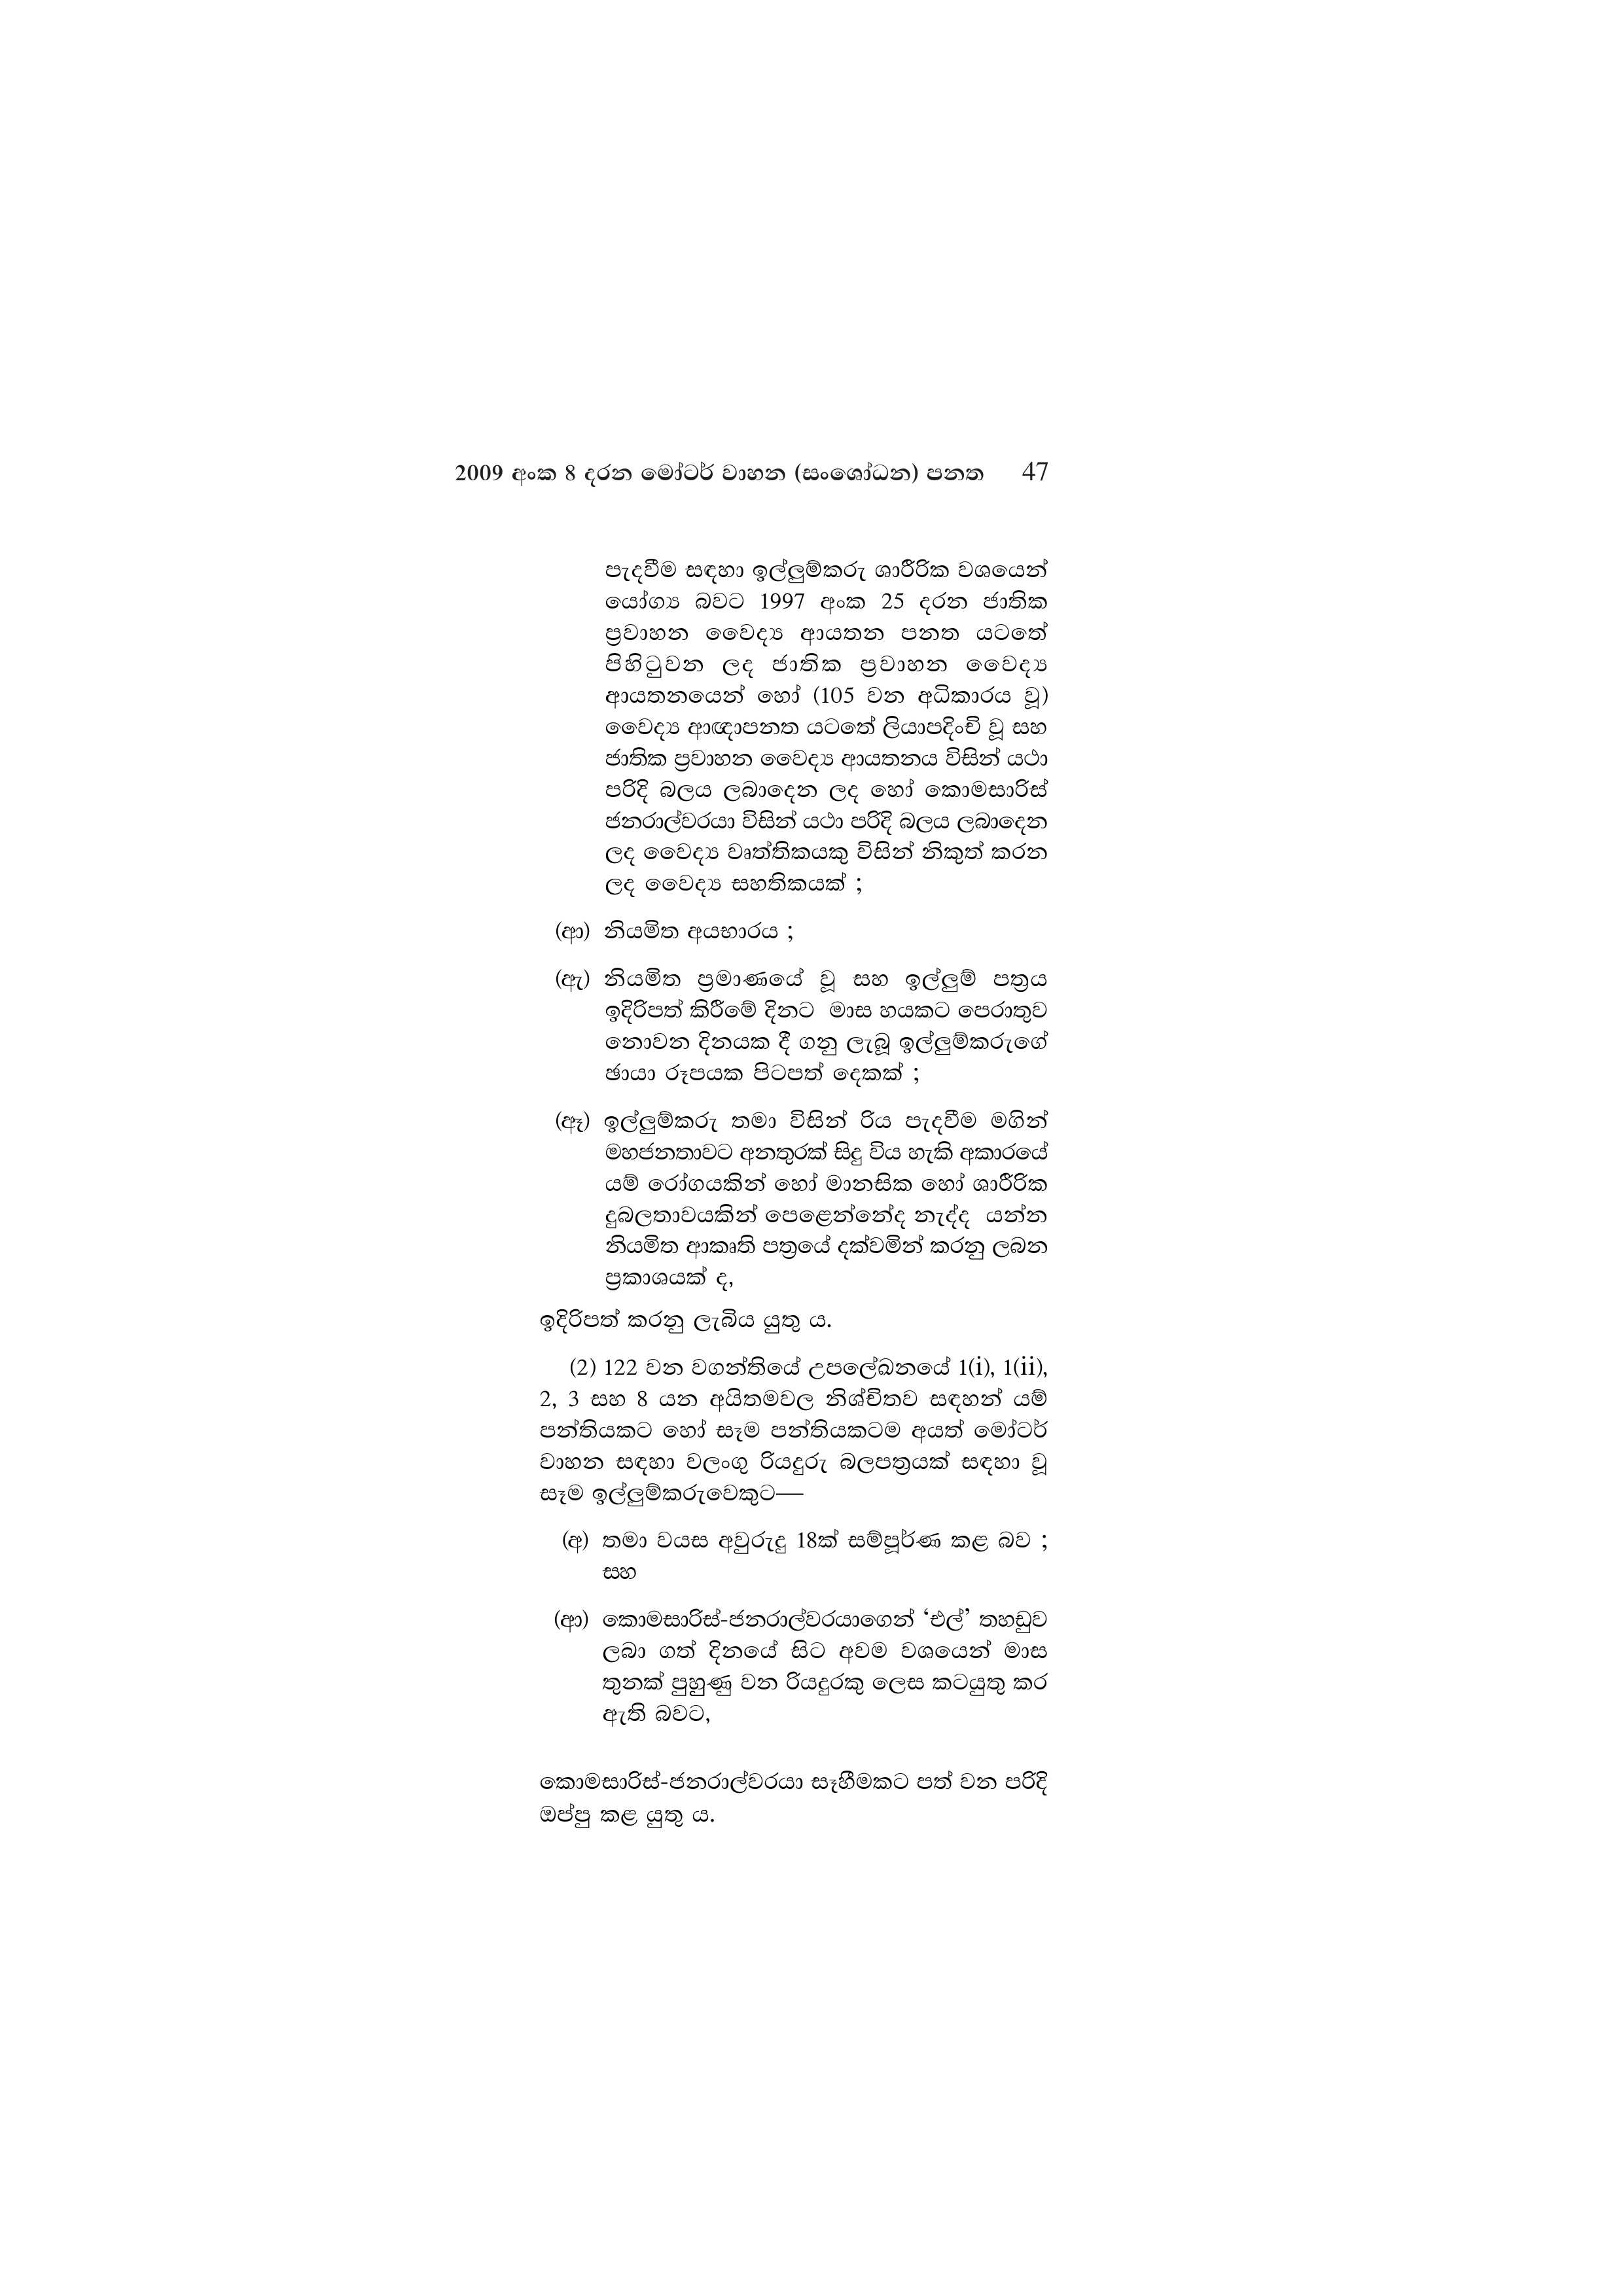
2009 අංක 8 දරන මෝටර් වාහන (සංශෝධන) පනත 47

පැදවීම සඳහා ඉල්ලුම්කරු ශාරීරික වශයෙන්
යෝග්‍ය බවට 1997 අංක 25 දරන ජාතික
ප්‍රවාහන වෛද්‍ය ආයතන පනත යටතේ
පිහිටුවන ලද ජාතික ප්‍රවාහන වෛද්‍ය
ආයතනයෙන් හෝ (105 වන අධිකාරය වූ)
වෛද්‍ය ආඥාපනත යටතේ ලියාපදිංචි වූ සහ
ජාතික ප්‍රවාහන වෛද්‍ය ආයතනය විසින් යථා
පරිදි බලය ලබාදෙන ලද හෝ කොමසාරිස්
ජනරාල්වරයා විසින් යථා පරිදි බලය ලබාදෙන
ලද වෛද්‍ය වෘත්තිකයකු විසින් නිකුත් කරන
ලද වෛද්‍ය සහතිකයක් ;

(ආ) නියමිත අයභාරය ;

(ඇ) නියමිත ප්‍රමාණයේ සහ ඉල්ලුම් පත්‍රය
ඉදිරිපත් කිරීමේ දිනට මාස හයකට පෙරාතුව
නොවන දිනයක දී ගනු ලැබූ ඉල්ලුම්කරුගේ
ඡායා රූපයක පිටපත් දෙකක් ;

(ඈ) ඉල්ලුම්කරු තමා විසින් රිය පැදවීම මගින්
මහජනතාවට අනතුරක් සිදු විය හැකි අකාරයේ
යම් රෝගයකින් හෝ මානසික හෝ ශාරීරික
දුබලතාවයකින් පෙළෙන්නේද නැද්ද යන්න
නියමිත ආකෘති පත්‍රයේ දක්වමින් කරනු ලබන
ප්‍රකාශයක් ද,

ඉදිරිපත් කරනු ලැබිය යුතු ය.

(2) 122 වන වගන්තියේ උපලේඛනයේ 1(i), 1(ii),
2, 3 සහ 8 යන අයිතමවල නිශ්චිතව සඳහන් යම්
පන්තියකට හෝ සෑම පන්තියකටම අයත් මෝටර්
වාහන සඳහා වලංගු රියදුරු බලපත්‍රයක් සඳහා වූ
සෑම ඉල්ලුම්කරුවෙකුට—

(අ) තමා වයස අවුරුදු 18ක් සම්පූර්ණ කළ බව ;
සහ

(ආ) කොමසාරිස්-ජනරාල්වරයාගෙන් ‘එල්’ තහඩුව
ලබා ගත් දිනයේ සිට අවම වශයෙන් මාස
තුනක් පුහුණු වන රියදුරකු ලෙස කටයුතු කර
ඇති බවට,

කොමසාරිස්-ජනරාල්වරයා සෑහීමකට පත් වන පරිදි
ඔප්පු කළ යුතු ය.